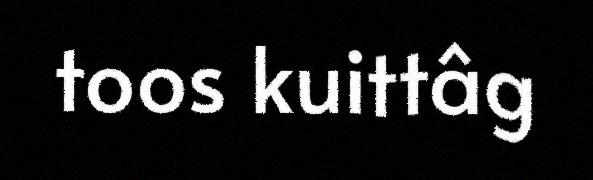
toos kuittâg